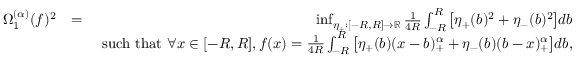
\begin{array} { r l r } { \Omega _ { 1 } ^ { ( \alpha ) } ( f ) ^ { 2 } } & { = } & { \operatorname* { i n f } _ { \eta _ { \pm } : [ - R , R ] \to \mathbb { { R } } } \frac { 1 } { 4 R } \int _ { - R } ^ { R } \big [ \eta _ { + } ( b ) ^ { 2 } + \eta _ { - } ( b ) ^ { 2 } \big ] d b } \\ & { } & { \mathrm { ~ s u c h ~ t h a t ~ } \forall x \in [ - R , R ] , f ( x ) = \frac { 1 } { 4 R } \int _ { - R } ^ { R } \big [ \eta _ { + } ( b ) ( x - b ) _ { + } ^ { \alpha } + \eta _ { - } ( b ) ( b - x ) _ { + } ^ { \alpha } \big ] d b , } \end{array}